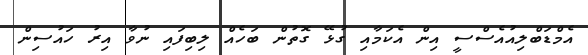
އެމްޑަބްލިއުއެސްސީ އިން އެކަމާއި ގުޅޭ ގޮތުން ބަހެއް ލިބިފައި ނުވާ އިރު ހައުސިން